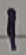
Text: 1